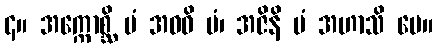
၄။ အက္ကောစ္ဆိ မံ အဝဓိ မံ၊ အဇိနိ မံ အဟာသိ မေ။